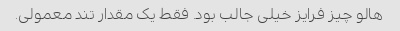
هالو چیز فرایز خیلی جالب بود. فقط یک مقدار تند معمولی.